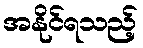
အနိုင်ရသည့်